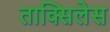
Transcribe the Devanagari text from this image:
ताक्सिलेस